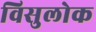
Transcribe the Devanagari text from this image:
विसुलोक